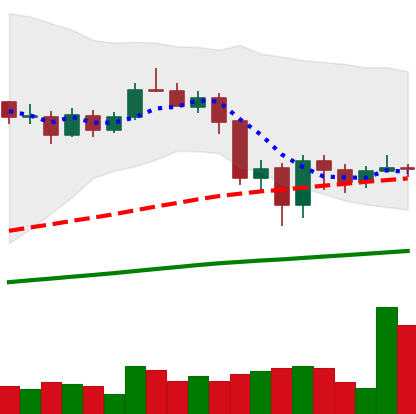
Ticker: LINK-USD
Chart end date: 2020-09-11
Forward return: -13.916%
Label: down_7plus